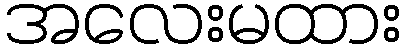
အလေးမထား